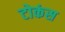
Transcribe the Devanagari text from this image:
टोकंस